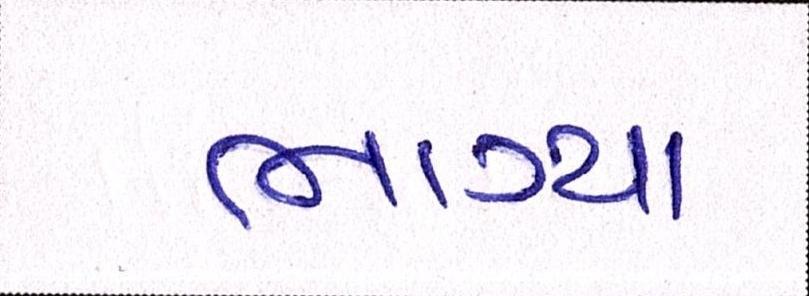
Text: ભાગ્યા